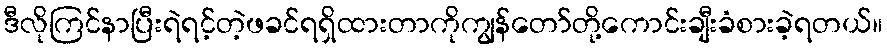
ဒီလိုကြင်နာပြီးရဲရင့်တဲ့ဖခင်ရရှိထားတာကိုကျွန်တော်တို့ကောင်းချီးခံစားခဲ့ရတယ်။